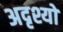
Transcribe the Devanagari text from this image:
अदृश्यो